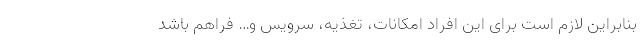
بنابراین لازم است برای این افراد امکانات، تغذیه، سرویس و… فراهم باشد